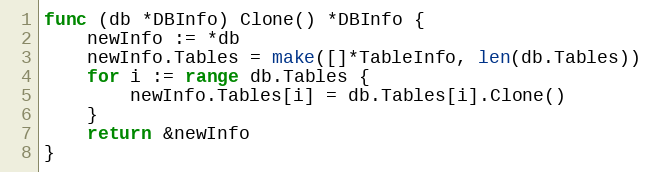
Language: Go
func (db *DBInfo) Clone() *DBInfo {
	newInfo := *db
	newInfo.Tables = make([]*TableInfo, len(db.Tables))
	for i := range db.Tables {
		newInfo.Tables[i] = db.Tables[i].Clone()
	}
	return &newInfo
}